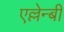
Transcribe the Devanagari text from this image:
एल्लेन्बी